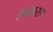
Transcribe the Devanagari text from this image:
अध्यवसय